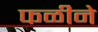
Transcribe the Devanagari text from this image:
फळीने